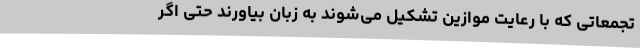
تجمعاتی که با رعایت موازین تشکیل می‌شوند به زبان بیاورند حتی اگر